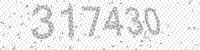
Solution: 317430